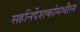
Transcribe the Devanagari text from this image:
सहनिर्देशकांमधील